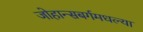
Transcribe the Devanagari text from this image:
जोहान्सबर्गमधल्या